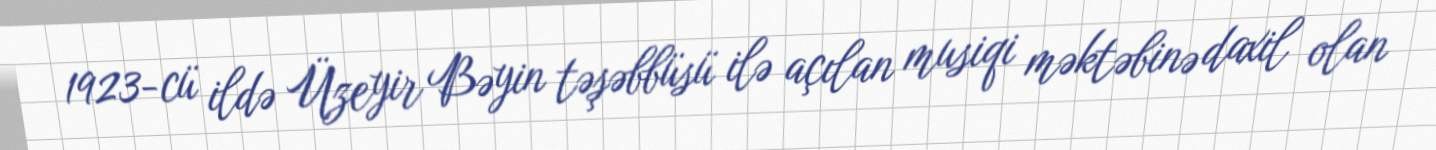
1923-cü ildə Üzeyir Bəyin təşəbbüsü ilə açılan musiqi məktəbinə daxil olan